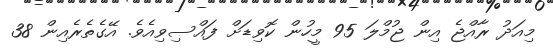
މިއަދު ރާއްޖެ އިން ޖުމްލަ 95 މީހުން ކޮވިޑަށް ފައްސިވިއެވެ. އޭގެތެރެއިން 38